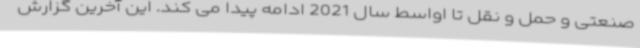
صنعتی و حمل و نقل تا اواسط سال 2021 ادامه پیدا می کند. این آخرین گزارش